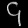
Digit: ၄